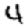
Digit: 4